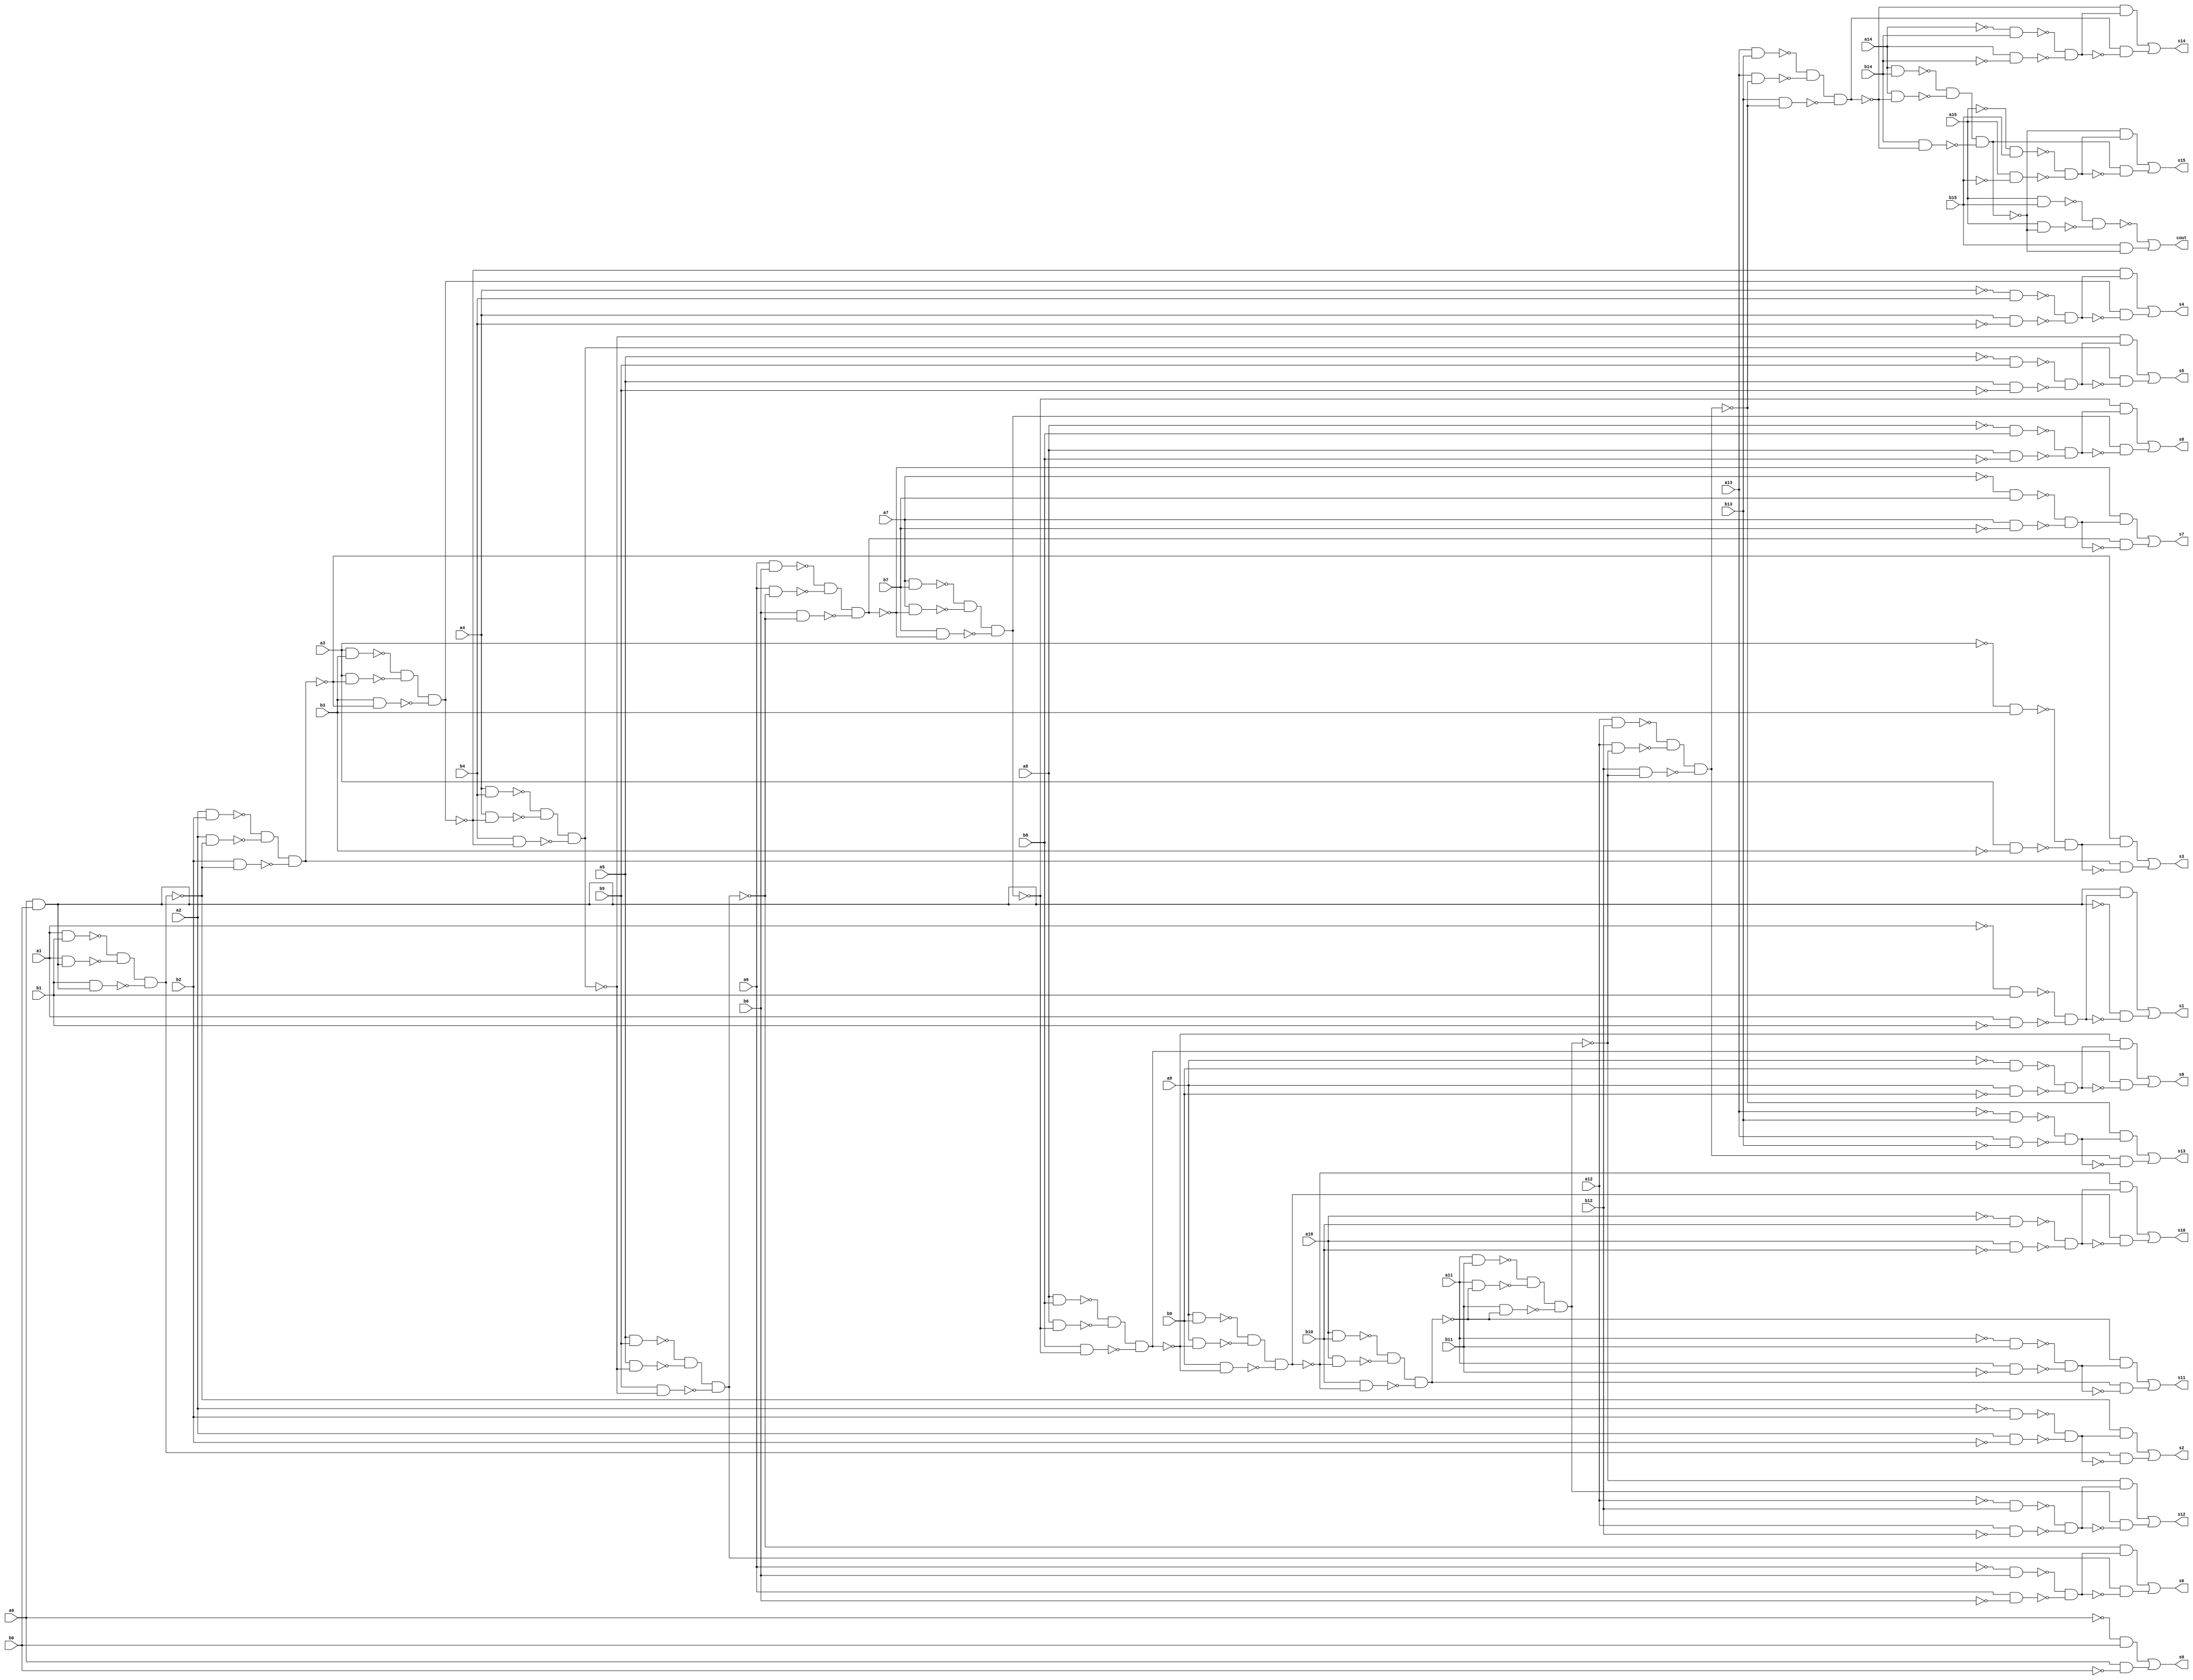
// Benchmark "adder32" written by ABC on Wed Jan  7 18:50:17 2015

module adder32 ( 
    a0, a1, a2, a3, a4, a5, a6, a7, a8, a9, a10, a11, a12, a13, a14, a15,
    b0, b1, b2, b3, b4, b5, b6, b7, b8, b9, b10, b11, b12, b13, b14, b15,
    s0, s1, s2, s3, s4, s5, s6, s7, s8, s9, s10, s11, s12, s13, s14, s15,
    cout  );
  input  a0, a1, a2, a3, a4, a5, a6, a7, a8, a9, a10, a11, a12, a13, a14, a15, 
b0, b1, b2, b3, b4, b5, b6, b7, b8, b9, b10, b11, b12, b13, b14, b15;
  output s0, s1, s2, s3, s4, s5, s6, s7, s8, s9, s10, s11, s12, s13, s14, s15, cout;
  wire n50, n51, n53, n54, n55, n56, n57, n58, n60, n61, n62, n63, n64, n65,    n66, n67, n68, n69, n71, n72, n73, n74, n75, n76, n77, n78, n79, n80,    n82, n83, n84, n85, n86, n87, n88, n89, n90, n91, n93, n94, n95, n96,    n97, n98, n99, n100, n101, n102, n104, n105, n106, n107, n108, n109,    n110, n111, n112, n113, n115, n116, n117, n118, n119, n120, n121, n122,    n123, n124, n126, n127, n128, n129, n130, n131, n132, n133, n134, n135,    n137, n138, n139, n140, n141, n142, n143, n144, n145, n146, n148, n149,    n150, n151, n152, n153, n154, n155, n156, n157, n159, n160, n161, n162,    n163, n164, n165, n166, n167, n168, n170, n171, n172, n173, n174, n175,    n176, n177, n178, n179, n181, n182, n183, n184, n185, n186, n187, n188,    n189, n190, n192, n193, n194, n195, n196, n197, n198, n199, n200, n201,    n203, n204, n205, n206, n207, n208, n209, n210, n211, n212, n214, n215,   n216, n217;
  assign n50 = ~a0 & b0;
  assign n51 = a0 & ~b0;
  assign s0 = n50 | n51;
  assign n53 = a0 & b0;
  assign n54 = ~a1 & b1;
  assign n55 = a1 & ~b1;
  assign n56 = ~n54 & ~n55;
  assign n57 = n53 & n56;
  assign n58 = ~n53 & ~n56;
  assign s1 = n57 | n58;
  assign n60 = a1 & b1;
  assign n61 = a1 & n53;
  assign n62 = ~n60 & ~n61;
  assign n63 = b1 & n53;
  assign n64 = n62 & ~n63;
  assign n65 = ~a2 & b2;
  assign n66 = a2 & ~b2;
  assign n67 = ~n65 & ~n66;
  assign n68 = ~n64 & n67;
  assign n69 = n64 & ~n67;
  assign s2 = n68 | n69;
  assign n71 = a2 & b2;
  assign n72 = a2 & ~n64;
  assign n73 = ~n71 & ~n72;
  assign n74 = b2 & ~n64;
  assign n75 = n73 & ~n74;
  assign n76 = ~a3 & b3;
  assign n77 = a3 & ~b3;
  assign n78 = ~n76 & ~n77;
  assign n79 = ~n75 & n78;
  assign n80 = n75 & ~n78;
  assign s3 = n79 | n80;
  assign n82 = a3 & b3;
  assign n83 = a3 & ~n75;
  assign n84 = ~n82 & ~n83;
  assign n85 = b3 & ~n75;
  assign n86 = n84 & ~n85;
  assign n87 = ~a4 & b4;
  assign n88 = a4 & ~b4;
  assign n89 = ~n87 & ~n88;
  assign n90 = ~n86 & n89;
  assign n91 = n86 & ~n89;
  assign s4 = n90 | n91;
  assign n93 = a4 & b4;
  assign n94 = a4 & ~n86;
  assign n95 = ~n93 & ~n94;
  assign n96 = b4 & ~n86;
  assign n97 = n95 & ~n96;
  assign n98 = ~a5 & b5;
  assign n99 = a5 & ~b5;
  assign n100 = ~n98 & ~n99;
  assign n101 = ~n97 & n100;
  assign n102 = n97 & ~n100;
  assign s5 = n101 | n102;
  assign n104 = a5 & b5;
  assign n105 = a5 & ~n97;
  assign n106 = ~n104 & ~n105;
  assign n107 = b5 & ~n97;
  assign n108 = n106 & ~n107;
  assign n109 = ~a6 & b6;
  assign n110 = a6 & ~b6;
  assign n111 = ~n109 & ~n110;
  assign n112 = ~n108 & n111;
  assign n113 = n108 & ~n111;
  assign s6 = n112 | n113;
  assign n115 = a6 & b6;
  assign n116 = a6 & ~n108;
  assign n117 = ~n115 & ~n116;
  assign n118 = b6 & ~n108;
  assign n119 = n117 & ~n118;
  assign n120 = ~a7 & b7;
  assign n121 = a7 & ~b7;
  assign n122 = ~n120 & ~n121;
  assign n123 = ~n119 & n122;
  assign n124 = n119 & ~n122;
  assign s7 = n123 | n124;
  assign n126 = a7 & b7;
  assign n127 = a7 & ~n119;
  assign n128 = ~n126 & ~n127;
  assign n129 = b7 & ~n119;
  assign n130 = n128 & ~n129;
  assign n131 = ~a8 & b8;
  assign n132 = a8 & ~b8;
  assign n133 = ~n131 & ~n132;
  assign n134 = ~n130 & n133;
  assign n135 = n130 & ~n133;
  assign s8 = n134 | n135;
  assign n137 = a8 & b8;
  assign n138 = a8 & ~n130;
  assign n139 = ~n137 & ~n138;
  assign n140 = b8 & ~n130;
  assign n141 = n139 & ~n140;
  assign n142 = ~a9 & b9;
  assign n143 = a9 & ~b9;
  assign n144 = ~n142 & ~n143;
  assign n145 = ~n141 & n144;
  assign n146 = n141 & ~n144;
  assign s9 = n145 | n146;
  assign n148 = a9 & b9;
  assign n149 = a9 & ~n141;
  assign n150 = ~n148 & ~n149;
  assign n151 = b9 & ~n141;
  assign n152 = n150 & ~n151;
  assign n153 = ~a10 & b10;
  assign n154 = a10 & ~b10;
  assign n155 = ~n153 & ~n154;
  assign n156 = ~n152 & n155;
  assign n157 = n152 & ~n155;
  assign s10 = n156 | n157;
  assign n159 = a10 & b10;
  assign n160 = a10 & ~n152;
  assign n161 = ~n159 & ~n160;
  assign n162 = b10 & ~n152;
  assign n163 = n161 & ~n162;
  assign n164 = ~a11 & b11;
  assign n165 = a11 & ~b11;
  assign n166 = ~n164 & ~n165;
  assign n167 = ~n163 & n166;
  assign n168 = n163 & ~n166;
  assign s11 = n167 | n168;
  assign n170 = a11 & b11;
  assign n171 = a11 & ~n163;
  assign n172 = ~n170 & ~n171;
  assign n173 = b11 & ~n163;
  assign n174 = n172 & ~n173;
  assign n175 = ~a12 & b12;
  assign n176 = a12 & ~b12;
  assign n177 = ~n175 & ~n176;
  assign n178 = ~n174 & n177;
  assign n179 = n174 & ~n177;
  assign s12 = n178 | n179;
  assign n181 = a12 & b12;
  assign n182 = a12 & ~n174;
  assign n183 = ~n181 & ~n182;
  assign n184 = b12 & ~n174;
  assign n185 = n183 & ~n184;
  assign n186 = ~a13 & b13;
  assign n187 = a13 & ~b13;
  assign n188 = ~n186 & ~n187;
  assign n189 = ~n185 & n188;
  assign n190 = n185 & ~n188;
  assign s13 = n189 | n190;
  assign n192 = a13 & b13;
  assign n193 = a13 & ~n185;
  assign n194 = ~n192 & ~n193;
  assign n195 = b13 & ~n185;
  assign n196 = n194 & ~n195;
  assign n197 = ~a14 & b14;
  assign n198 = a14 & ~b14;
  assign n199 = ~n197 & ~n198;
  assign n200 = ~n196 & n199;
  assign n201 = n196 & ~n199;
  assign s14 = n200 | n201;
  assign n203 = a14 & b14;
  assign n204 = a14 & ~n196;
  assign n205 = ~n203 & ~n204;
  assign n206 = b14 & ~n196;
  assign n207 = n205 & ~n206;
  assign n208 = ~a15 & b15;
  assign n209 = a15 & ~b15;
  assign n210 = ~n208 & ~n209;
  assign n211 = ~n207 & n210;
  assign n212 = n207 & ~n210;
  assign s15 = n211 | n212;
  assign n214 = a15 & b15;
  assign n215 = a15 & ~n207;
  assign n216 = ~n214 & ~n215;
  assign n217 = b15 & ~n207;
  assign cout = ~n216 | n217;
endmodule